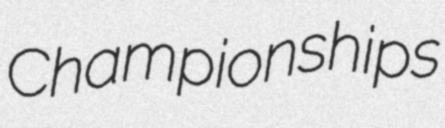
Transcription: Championships